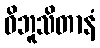
ဝိဘူသိတာနံ